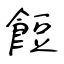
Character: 餖